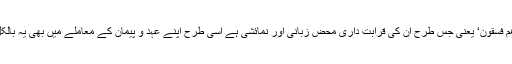
’فسق‘ کا مفہوم: ’وَاَکْثَرُھُمْ فٰسِقُوْنَ‘ یعنی جس طرح ان کی قرابت داری محض زبانی اور نمائشی ہے اسی طرح اپنے عہد و پیمان کے معاملے میں بھی یہ بالکل جھوٹے اور غدار ہیں۔